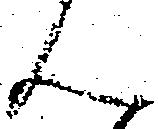
ん